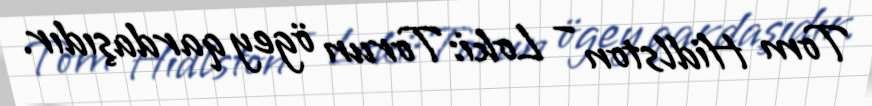
Tom Hidlston – Loki:Torun ögey qardaşıdır.